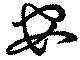
安